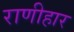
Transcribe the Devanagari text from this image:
राणीहार